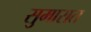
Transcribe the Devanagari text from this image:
सुमारात